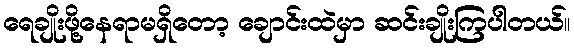
ရေချိုးဖို့နေရာမရှိတော့ ချောင်းထဲမှာ ဆင်းချိုးကြပါတယ်။